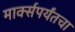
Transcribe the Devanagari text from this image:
मार्क्सपर्यंतचा